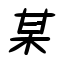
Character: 某